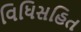
વિધિસહિત